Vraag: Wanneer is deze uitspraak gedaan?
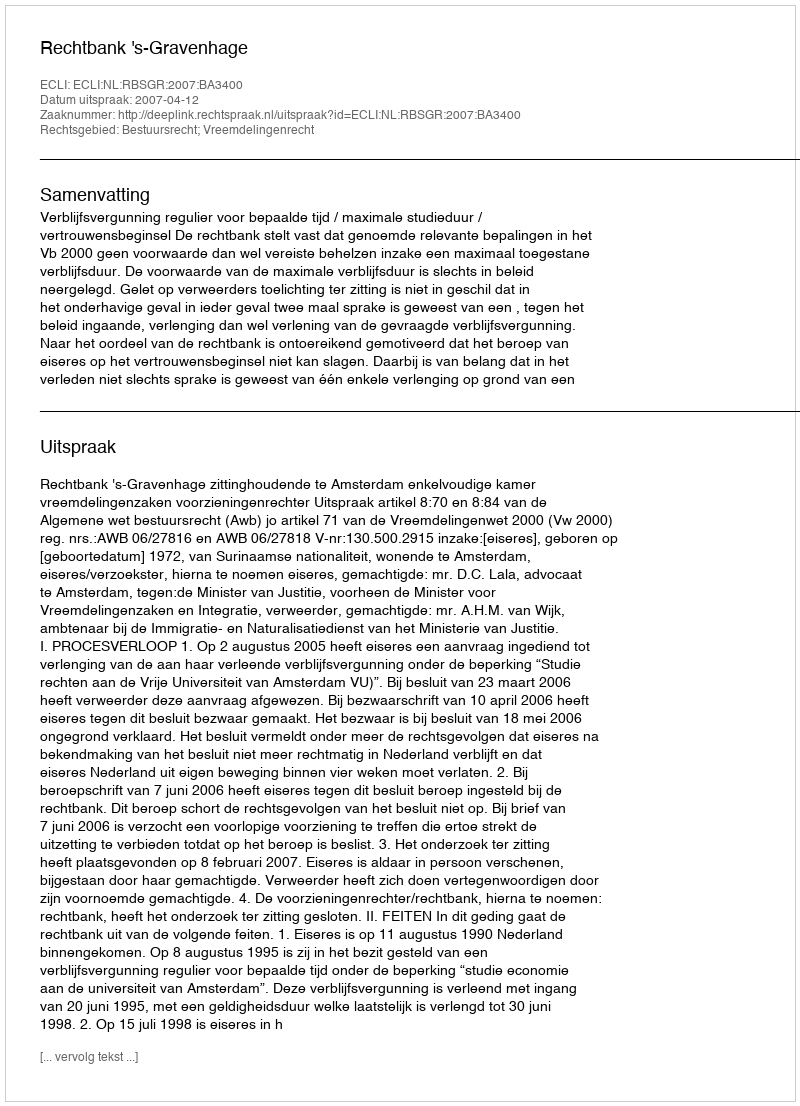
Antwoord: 2007-04-12